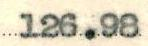
126.98